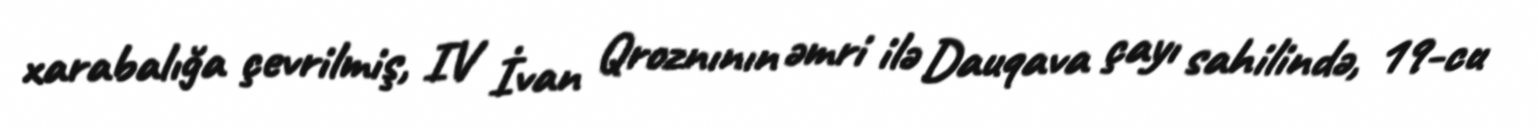
xarabalığa çevrilmiş, IV İvan Qroznının əmri ilə Dauqava çayı sahilində, 19-cu